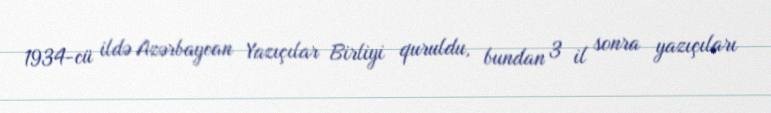
1934-cü ildə Azərbaycan Yazıçılar Birliyi quruldu, bundan 3 il sonra yazıçıları